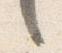
言